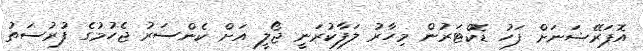
އޮޕަރޭޝަނަށް ފަހު ޑޮކްޓަރުން މިހާރު ލަފާކުރަނީ ޖޯލީ އަށް ކެންސަރު ޖެހުމުގެ ފުރުސަތު